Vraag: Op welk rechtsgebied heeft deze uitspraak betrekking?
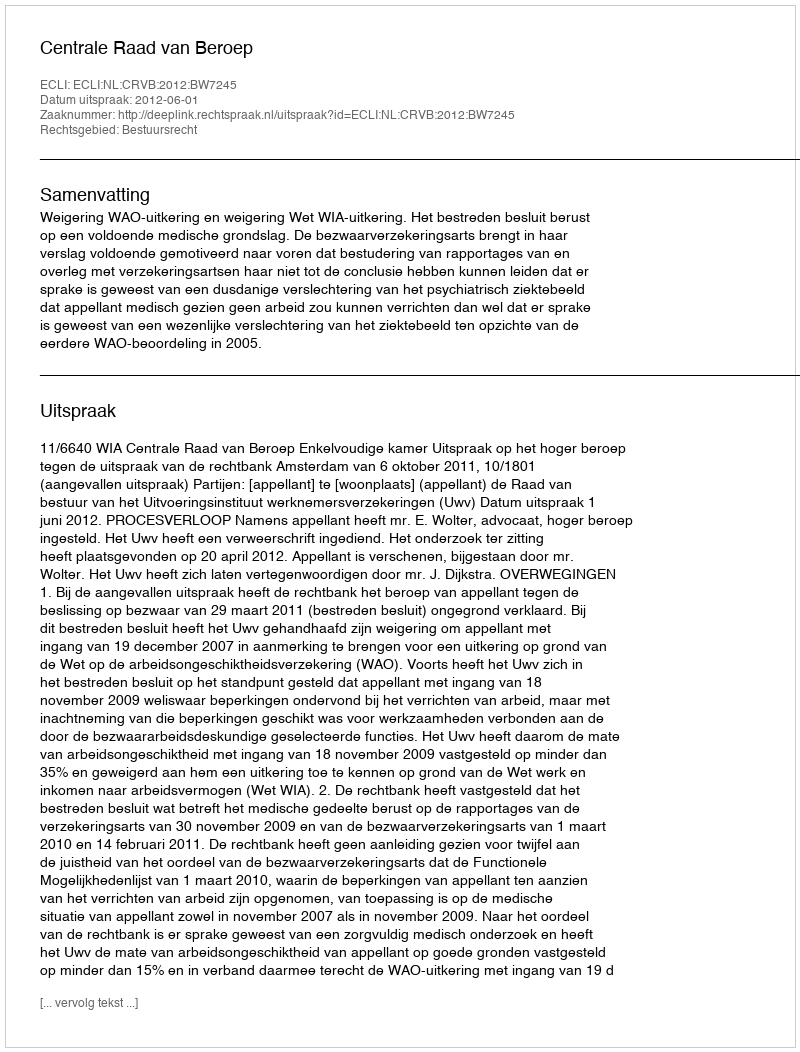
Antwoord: Bestuursrecht